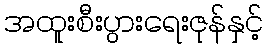
အထူးစီးပွားရေးဇုန်နှင့်